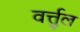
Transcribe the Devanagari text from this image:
वर्त्तुल